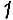
1